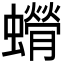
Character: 𫋥